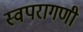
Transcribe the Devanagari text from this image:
स्वपरागणी